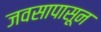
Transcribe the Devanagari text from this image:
जवसापासून